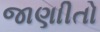
જાણાીતો